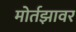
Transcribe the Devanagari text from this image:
मोर्तझावर